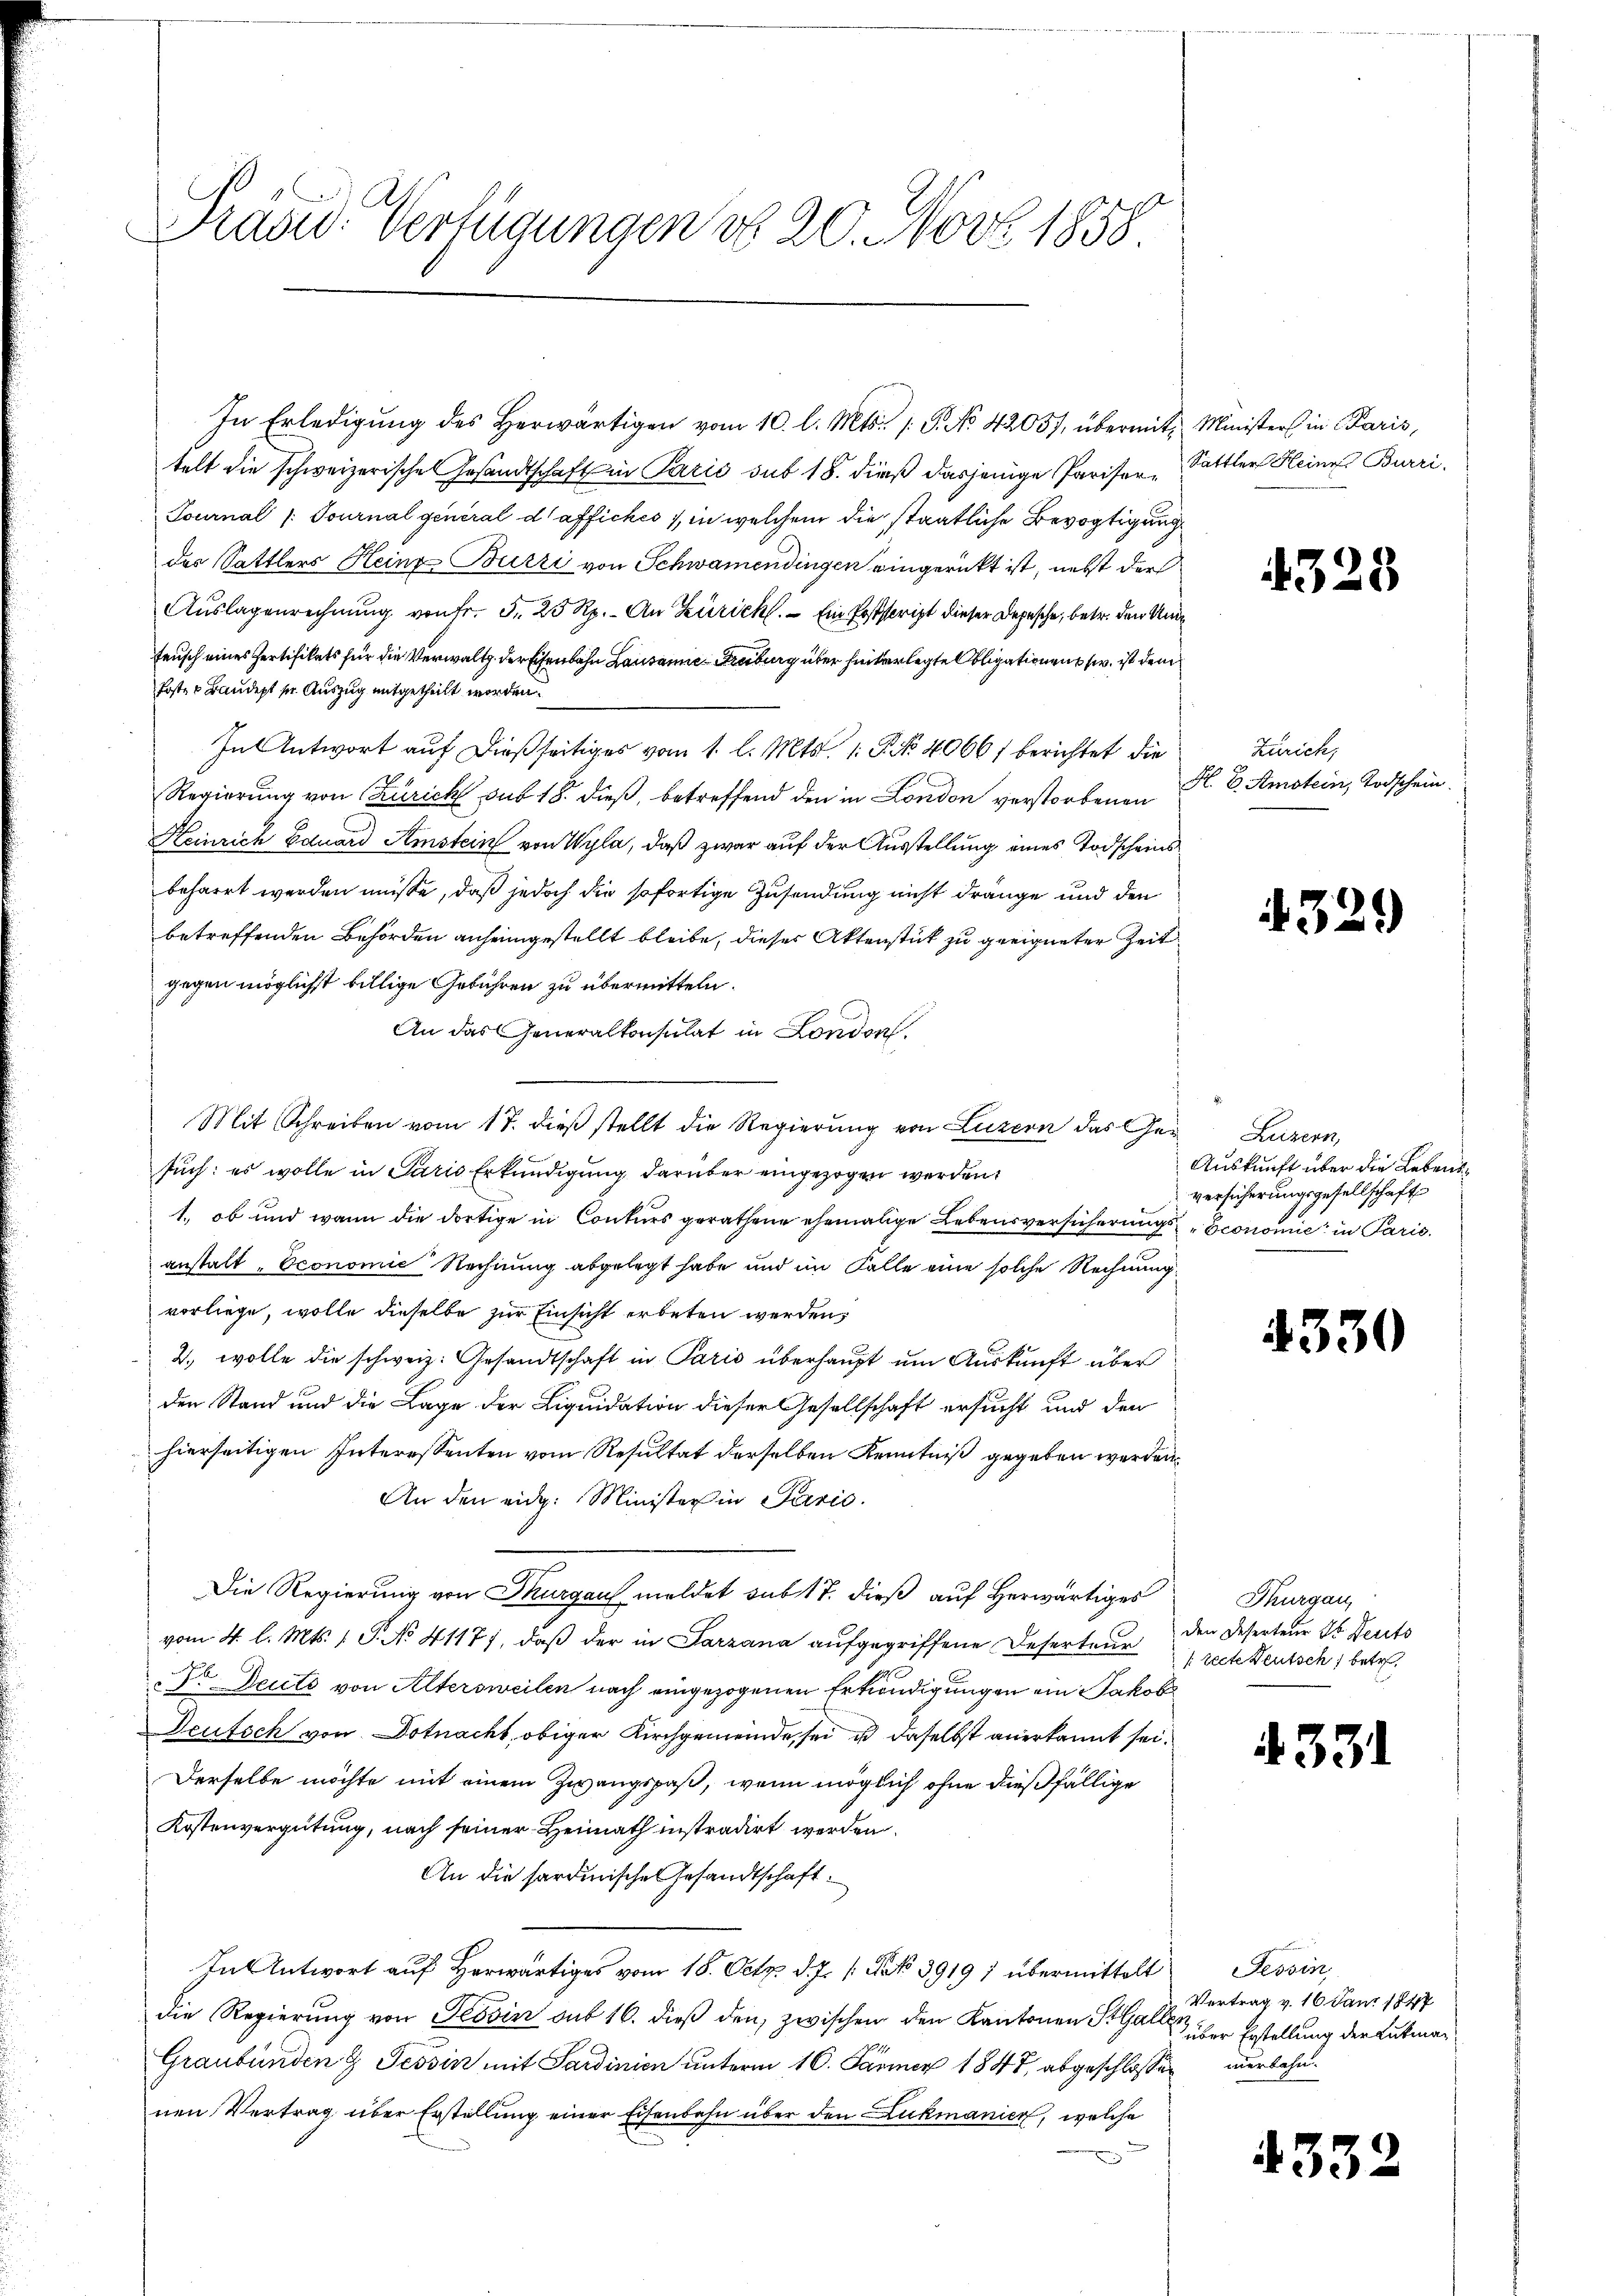
Prasd Verfügungen No. 20. Nov. 1858

In Erledigung des Herwärtigen vom 10. l. Mts. (T. No. 42057, übermit, Ministers in Paris,
telt die schweizerische Gesandtschaft in Parić sub 18. dieß dasjenige Pariser- Sattler Heine Burri
Tournal /: Tournal general daffiches in welchem die staatliche Bevogtigung
der Sattlers Heinz Buzzi von Schwamendingen eingerückt ist, nebst der
Aŭslagenrechnŭng von Fr. 5. 25 Rp. - An Zürich. — Ein Poststeript dieser Depesche, betr. den Und
feusch eines Pertifikats für die Verwalt der Eisenbahn Lausanne Freiburg über hinterlegte Obligationen w. ist dem
Poster Baudept in Auszug mitgetheilt worden.
In Antwort auf dießseitiges vom 1. l. Mts. 1. P. No. 4066) berichtet die
Regierung von Zürich sub 18. dieß, betreffend den in London verstorbenen
Heinrich Eduard Amstein von Wyla, daß zwar auf der Ausstellung eines Todscheinsbeharrt werden müsse, daß jedoch die sofortige Zusendung nicht drange und den
betreffenden Behörden anheimgestellt bleibe, dieses Aktenstük zu geeigneter Zeit
gegen möglichst billige Gebühren zu übermitteln.
An das Generalkonsulat in London,
such: es wolle in Paris Erkundigung darüber eingezogen werden.
1., ob und wann die dortige in Conkurs gerathene ehemalige Lebensversicherungsconomie in Paris.
gestalt „Economie Rechnung abgelegt habe und im Falle eine solche Rechnung
vorliege, wolle dieselbe zur Einsicht erbeten werden,
2., wolle die schweiz. Gesandtschaft in Paris überhaupt um Auskunft über
den Stand und die Lage der Liquidation dieser Gesellschaft ersucht und den
hierseitigen Interessenten vom Resultat derselben Kenntniß gegeben werden.
An den eidg. Minister in Parić.
Die Regierung von Thurgau meldet subt 7. dieß auf herwärtiges
vom 4. l. Mts. 1. P. No 41177, daß der in Parzana aufgegriffene Deserteur den Deserteur ds Deuts
F. Deute von Altersweilen nach eingezogenen Erkundigungen ein Jakob
Deutsch von Dotnacht, obiger Kirchgemeinde sei u daselbst anerkannt sei.
Derselbe möchte mit einem Zwangspaß, wenn möglich ohne dießfällige
Kostenvergütung, nach seiner Heimath instradirt werden.
An die sardinische Gesandtschaft.
In Antwort auf Herwärtiges vom 18. Octz. d. J. 1. No. 39197 übermittelt
die Regierung von Tessin sub 16. dieß den, zwischen den Kantonen StGall
Graubünden & Tessin mit Sardinien unterm 16. Jänner 1847 abgeschlossen
nen Vertrag über Erstellung einer Eisenbahn über den Lukmanier, welche

Mit Schreiben vom 17. dieβ stellt die Regierung von Luzern das Ge¬ Luzern,

3.

Zürich,
H. B. Amstein, Todschein.

3.

Auskunft über die Lebensversicherungsgesellschaft

4330

Thurgau,
[recte Deutsch, betr.

433

433

.

)

Tessin
Vertrag v. 16. Janz 1847
über Erstellung der Lukmamerbahn.